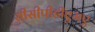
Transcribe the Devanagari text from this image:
सीसीपीडीएमए